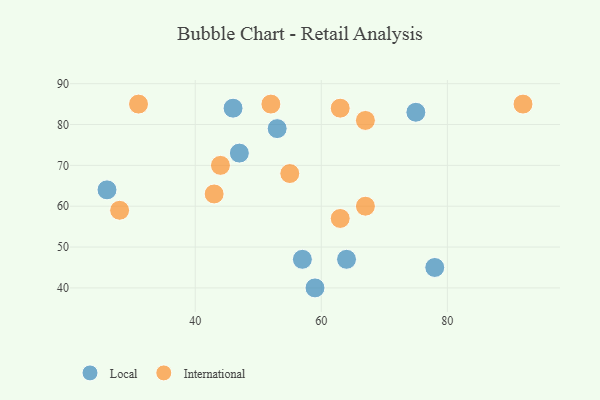
{"axis": {"x": "GDP", "y": "Life Expectancy"}, "legend": ["International", "Local"], "data": [{"x": "59", "y": 40, "type": "Local"}, {"x": "46", "y": 84, "type": "Local"}, {"x": "64", "y": 47, "type": "Local"}, {"x": "53", "y": 79, "type": "Local"}, {"x": "78", "y": 45, "type": "Local"}, {"x": "47", "y": 73, "type": "Local"}, {"x": "57", "y": 47, "type": "Local"}, {"x": "26", "y": 64, "type": "Local"}, {"x": "75", "y": 83, "type": "Local"}, {"x": "67", "y": 60, "type": "International"}, {"x": "44", "y": 70, "type": "International"}, {"x": "31", "y": 85, "type": "International"}, {"x": "43", "y": 63, "type": "International"}, {"x": "63", "y": 84, "type": "International"}, {"x": "28", "y": 59, "type": "International"}, {"x": "52", "y": 85, "type": "International"}, {"x": "92", "y": 85, "type": "International"}, {"x": "63", "y": 57, "type": "International"}, {"x": "67", "y": 81, "type": "International"}, {"x": "55", "y": 68, "type": "International"}]}